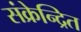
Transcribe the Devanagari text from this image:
संक्रेन्द्रित